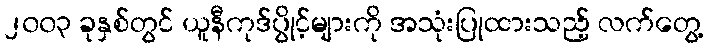
၂၀၀၃ ခုနှစ်တွင် ယူနီကုဒ်ပွိုင့်များကို အသုံးပြုထားသည့် လက်တွေ့